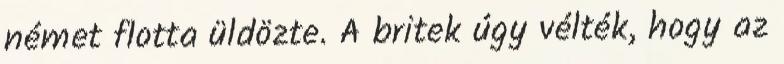
német flotta üldözte. A britek úgy vélték, hogy az